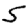
Digit: 5